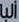
ألبا